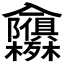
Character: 𭁃